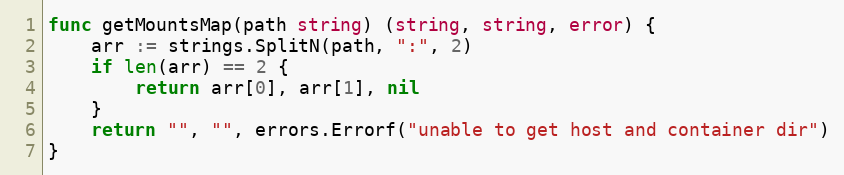
Language: Go
func getMountsMap(path string) (string, string, error) {
	arr := strings.SplitN(path, ":", 2)
	if len(arr) == 2 {
		return arr[0], arr[1], nil
	}
	return "", "", errors.Errorf("unable to get host and container dir")
}